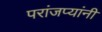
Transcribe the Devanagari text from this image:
परांजप्यांनी